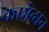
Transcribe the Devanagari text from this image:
काष्ठेन्धन